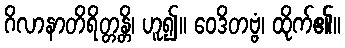
ဂိလာနာတိရိတ္တန္တိ၊ ဟူ၍။ ဝေဒိတဗ္ဗံ၊ ထိုက်၏။